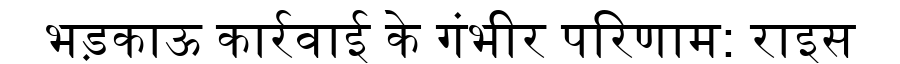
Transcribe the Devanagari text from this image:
भड़काऊ कार्रवाई के गंभीर परिणाम: राइस